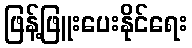
ဖြန့်ဖြူးပေးနိုင်ရေး